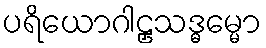
ပရိယောဂါဠှသဒ္ဓမ္မော